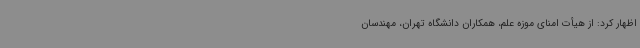
اظهار کرد: از هیأت امنای موزه علم، همکاران دانشگاه تهران، مهندسان